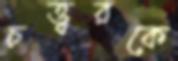
চত্ত্বরকে